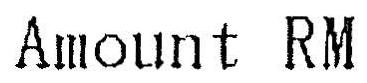
AMOUNT RM